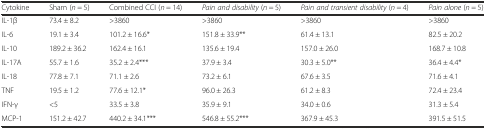
<table><thead><tr><td><b>Cytokine</b></td><td><b>Sham (<i>n</i> = 5)</b></td><td><b>Combined CCI (<i>n</i> = 14)</b></td><td><b><i>Pain and disability</i> (<i>n</i> = 5)</b></td><td><b><i>Pain and transient disability</i> (<i>n</i> = 4)</b></td><td><b><i>Pain alone</i> (<i>n</i> = 5)</b></td></tr></thead><tbody><tr><td>IL-1β</td><td>73.4 ± 8.2</td><td>&gt;3860</td><td>&gt;3860</td><td>&gt;3860</td><td>&gt;3860</td></tr><tr><td>IL-6</td><td>19.1 ± 3.4</td><td>101.2 ± 16.6*</td><td>151.8 ± 33.9**</td><td>61.4 ± 13.1</td><td>82.5 ± 20.2</td></tr><tr><td>IL-10</td><td>189.2 ± 36.2</td><td>162.4 ± 16.1</td><td>135.6 ± 19.4</td><td>157.0 ± 26.0</td><td>168.7 ± 10.8</td></tr><tr><td>IL-17A</td><td>55.7 ± 1.6</td><td>35.2 ± 2.4***</td><td>37.9 ± 3.4</td><td>30.3 ± 5.0**</td><td>36.4 ± 4.4*</td></tr><tr><td>IL-18</td><td>77.8 ± 7.1</td><td>71.1 ± 2.6</td><td>73.2 ± 6.1</td><td>67.6 ± 3.5</td><td>71.6 ± 4.1</td></tr><tr><td>TNF</td><td>19.5 ± 1.2</td><td>77.6 ± 12.1*</td><td>96.0 ± 26.3</td><td>61.2 ± 8.3</td><td>72.4 ± 23.4</td></tr><tr><td>IFN-γ</td><td>&lt;5</td><td>33.5 ± 3.8</td><td>35.9 ± 9.1</td><td>34.0 ± 0.6</td><td>31.3 ± 5.4</td></tr><tr><td>MCP-1</td><td>151.2 ± 42.7</td><td>440.2 ± 34.1***</td><td>546.8 ± 55.2***</td><td>367.9 ± 45.3</td><td>391.5 ± 51.5</td></tr></tbody></table>